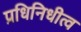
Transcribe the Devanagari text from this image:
प्रधिनिधीत्व